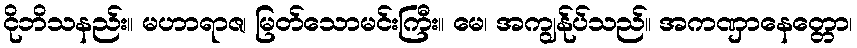
ငိုဘိသနည်း။ မဟာရာဇ၊ မြတ်သောမင်းကြီး။ မေ၊ အကျွန်ုပ်သည်။ အကဏှာနေတ္တော၊